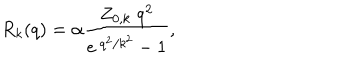
LaTeX: R _ { k } ( q ) = \alpha \frac { Z _ { 0 , k } \; q ^ { 2 } } { e ^ { \: q ^ { 2 } / k ^ { 2 } } - 1 } \mathrm { , }